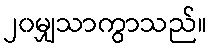
၂၀မျှသာကွာသည်။